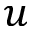
u